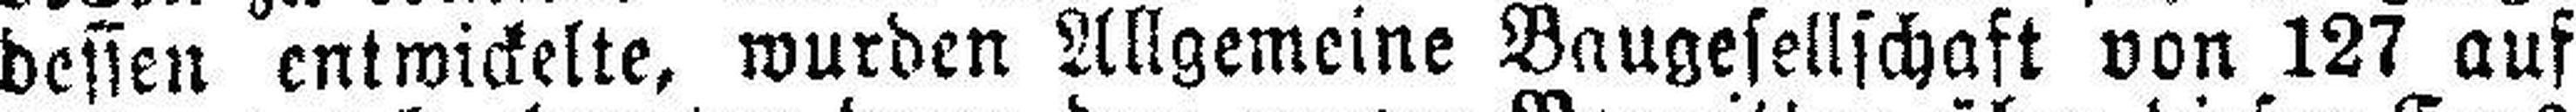
dessen entwickelte, wurden Allgemeine Baugesellschaft von 127 auf